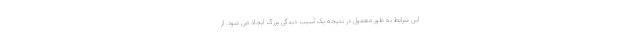
این شرایط به طور معمول در نتیجه یک آسیب دیدگی بزرگ ایجاد می شود. از